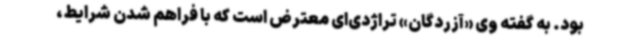
بود. به گفته وی «آزردگان» تراژدی‌ای معترض است که با فراهم شدن شرایط،